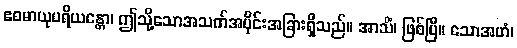
ဧဝမာယုပရိယန္တော၊ ဤသို့သောအသက်အပိုင်းအခြားရှိသည်။ အာသိံ၊ ဖြစ်ပြီ။ သောအဟံ၊